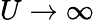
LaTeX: U\to\infty